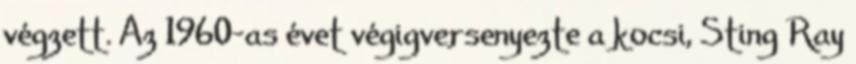
végzett. Az 1960-as évet végigversenyezte a kocsi, Sting Ray